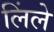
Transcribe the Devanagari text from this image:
लिंले